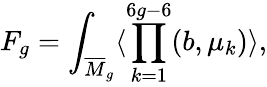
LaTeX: F_{g}=\int_{{\overline{{M}}}_{g}}\langle\prod_{k=1}^{6g-6}(b,\mu_{k})\rangle,